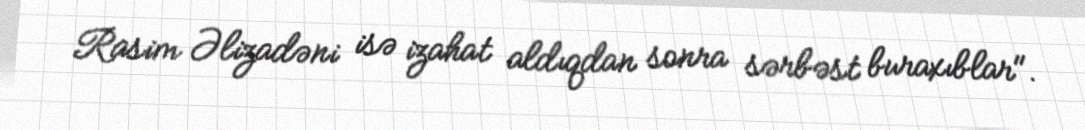
Rasim Əlizadəni isə izahat aldıqdan sonra sərbəst buraxıblar".